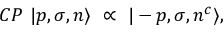
C P \ | p , \sigma , n \rangle \ \propto \ | - p , \sigma , n ^ { c } \rangle ,